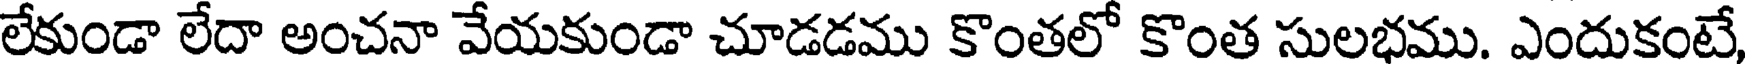
లేకుండా లేదా అంచనా వేయకుండా చూడడము కొంతలో కొంత సులభము. ఎందుకంటే